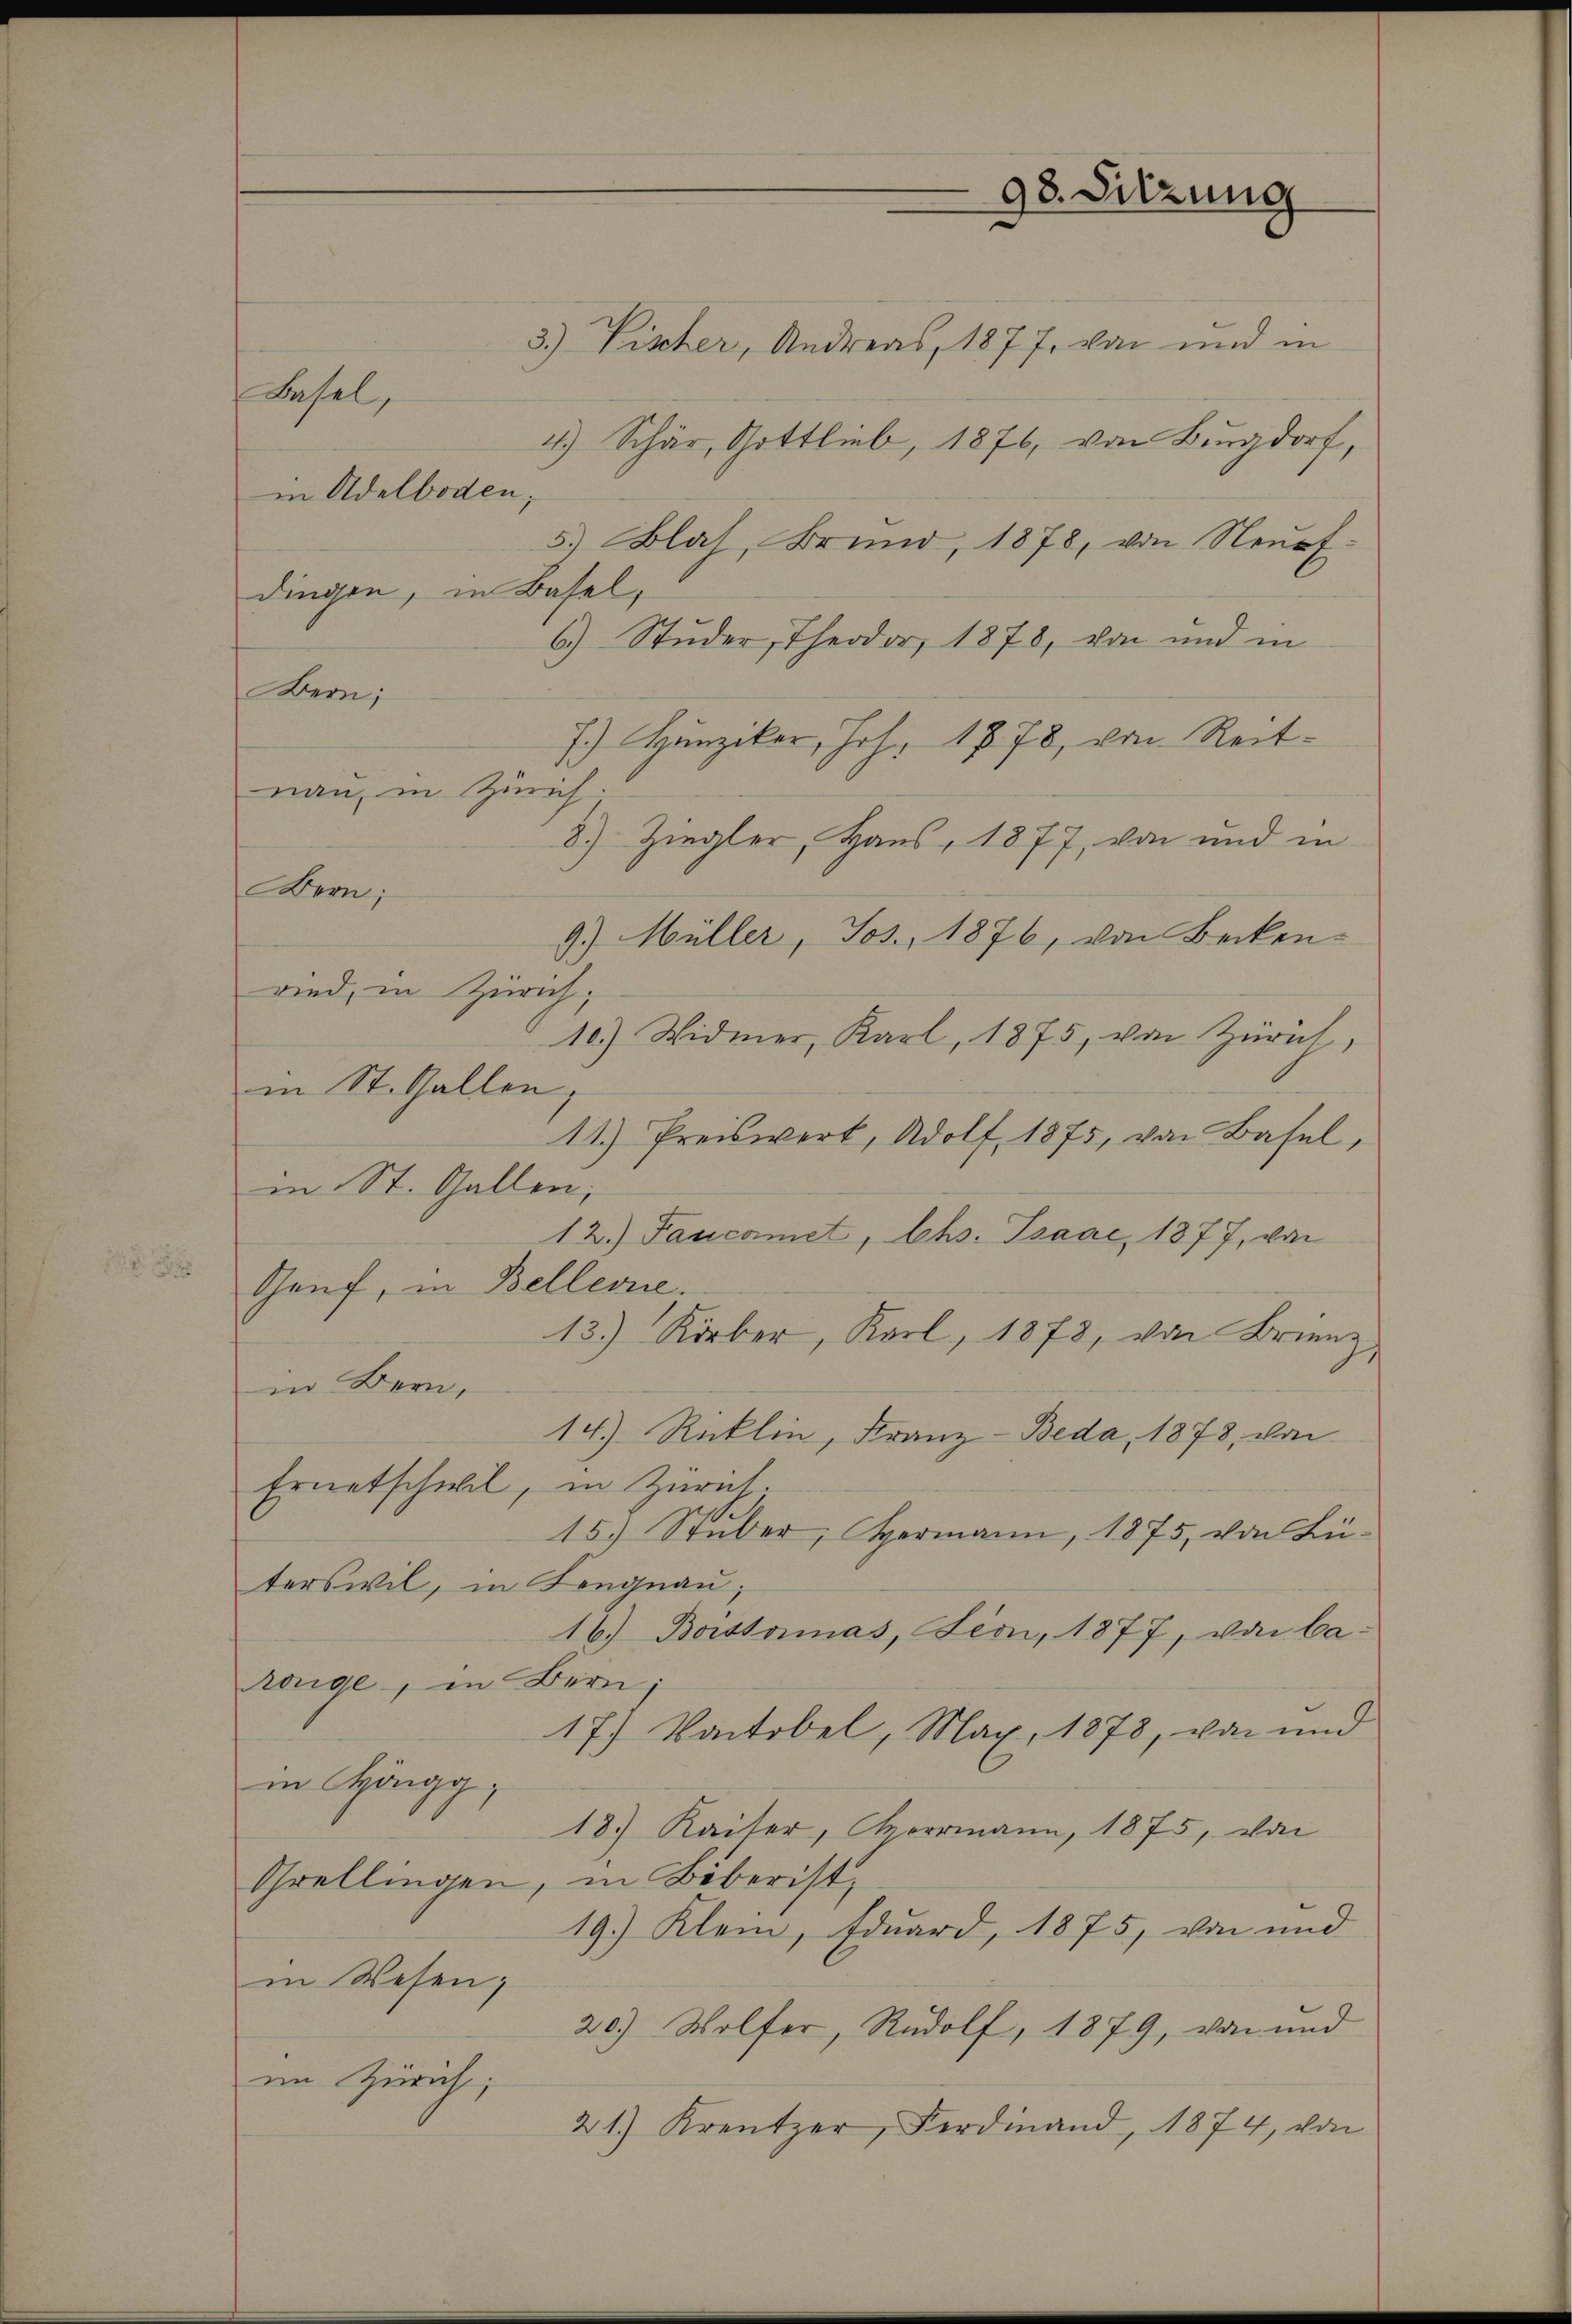
3.) Pischer, Andreas, 1877, von und in
Basel,
4.) Schär, Gottlieb, 1876, von Burgdorf,
5) Blas, Brund, 1878, von Neurfdingen, in Basel,
6) Studer, Theodor 1878, von und in
Bern;
7.) Hunziker, Joh. 1878, von Reitnau, in Zürich
8) Ziegler, Haus, 1877, von und in
Bern;
9.) Müller, Jos., 1876, von Becken-
wind, in Zürich,
10) Widmer, Karl, 1875, von Zürich,
in St. Gallen
11.) Preiswert, Adolf, 1875, von Basel,
in St. Gallen;
12.) Fancoiet, Chs. Isaac, 1877, von
Genf, in Bellerne.
13.) Körber, Karl, 1878, von Brienz,
in Bern,
14.) Recklin, Franz-Beda, 1878, von
Ernetschwil, in Zürich.
15.) Stuber, Hermann, 1875, von Büterswil, in Fengnau,
16.) Boissonas, Leon, 1877, von Ca-
wenige, in Bern;
17) Vontobel, Mag. 1878, von und
in Höngg,
18.) Kaiser, Herrmann, 1875, von
Grellingen, in Biberist,
19.) Klein, Eduard, 1875, von und
in Wesen;
20.) Wolfer, Rudolf, 1879, von und
im Zürich,
21) Kreutzer, Ferdinand, 1874, von

in Adelboden;

98. Sitzung